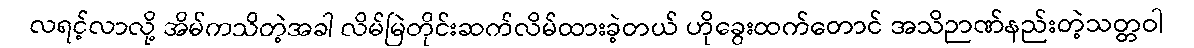
လရင့်လာလို့ အိမ်ကသိတဲ့အခါ လိမ်မြဲတိုင်းဆက်လိမ်ထားခဲ့တယ် ဟိုခွေးထက်တောင် အသိဉာဏ်နည်းတဲ့သတ္တဝါ